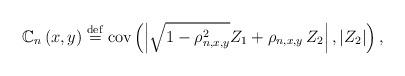
LaTeX: \begin{align*}{\Bbb C}_{n}\left( x,y\right) \stackrel{\rm def}{=}\mbox{{\rm cov}}\left(\left| \sqrt{1-\rho _{n,x,y}^{2}}Z_{1}+\rho _{n,x,y}\,Z_{2}\right|,|Z_{2}|\right) , \end{align*}